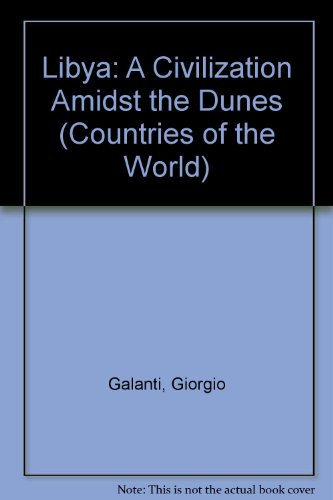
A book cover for Libya: A Civilization Amidst the Dunes (Countries of the World); Giorgio Galanti.; Travel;